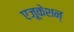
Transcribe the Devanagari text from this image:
एजूकेशन्